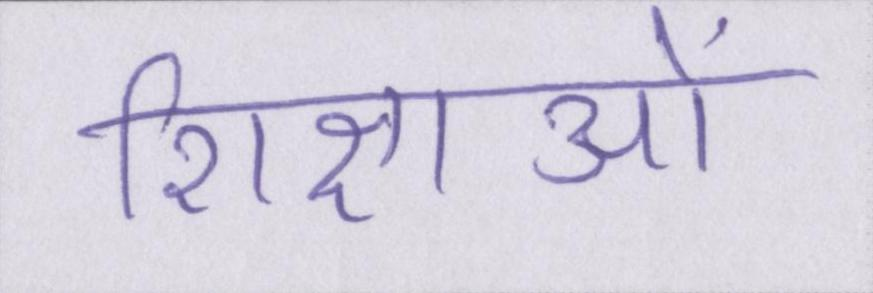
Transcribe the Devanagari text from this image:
शिक्षाओं